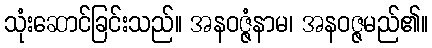
သုံးဆောင်ခြင်းသည်။ အနဝဇ္ဇံနာမ၊ အနဝဇ္ဇမည်၏။